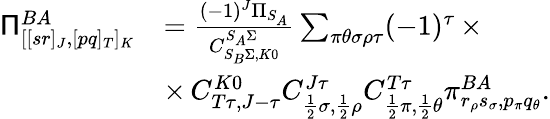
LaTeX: \begin{array}{rl}{\mathsf{\Pi}_{[[sr]_{J},[pq]_{T}]_{K}}^{BA}}&{=\frac{(-1)^{J}\Pi_{S_{A}}}{C_{S_{B}\Sigma,K0}^{S_{A}\Sigma}}\sum_{\pi\theta\sigma\rho\tau}(-1)^{\tau}\, \times}\\ &{\times\, C_{T\tau,J-\tau}^{K0}C_{\frac{1}{2}\sigma,\frac{1}{2}\rho}^{J\tau}C_{\frac{1}{2}\pi,\frac{1}{2}\theta}^{T\tau}\pi_{r_{\rho}s_{\sigma},p_{\pi}q_{\theta}}^{BA}.}\end{array}